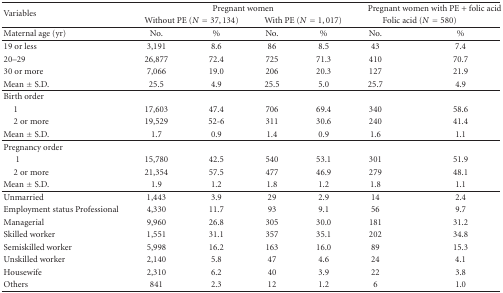
<table><thead><tr><td rowspan="2"><b>Variables</b></td><td colspan="4"><b>Pregnant women</b></td><td colspan="2"><b>Pregnant women with PE + folic acid</b></td></tr><tr><td colspan="2"><b>without PE (<i>N</i> = 37,134)</b></td><td colspan="2"><b>with PE (<i>N</i> = 1,017)</b></td><td colspan="2"><b>folic acid (<i>N</i> = 580)</b></td></tr></thead><tbody><tr><td>Maternal age (yr)</td><td>No.</td><td>%</td><td>No.</td><td>%</td><td>No.</td><td>%</td></tr><tr><td> 19 or less</td><td> 3,191</td><td> 8.6</td><td> 86</td><td> 8.5</td><td>43</td><td>7.4</td></tr><tr><td> 20–29</td><td>26,877</td><td>72.4</td><td>725</td><td>71.3</td><td>410</td><td>70.7</td></tr><tr><td> 30 or more</td><td> 7,066</td><td>19.0</td><td>206</td><td>20.3</td><td>127</td><td>21.9</td></tr><tr><td>Mean ± S.D.</td><td>25.5</td><td>4.9</td><td>25.5</td><td>5.0</td><td>25.7</td><td>4.9</td></tr><tr><td>Birth order</td><td></td><td></td><td></td><td></td><td></td><td></td></tr><tr><td> 1</td><td>17,603</td><td>47.4</td><td>706</td><td>69.4</td><td>340</td><td>58.6</td></tr><tr><td> 2 or more</td><td>19,529</td><td>52-6</td><td>311</td><td>30.6</td><td>240</td><td>41.4</td></tr><tr><td>Mean ± S.D.</td><td>1.7</td><td>0.9</td><td>1.4</td><td>0.9</td><td>1.6</td><td>1.1</td></tr><tr><td>Pregnancy order</td><td></td><td></td><td></td><td></td><td></td><td></td></tr><tr><td>1</td><td>15,780</td><td>42.5</td><td>540</td><td>53.1</td><td>301</td><td>51.9</td></tr><tr><td> 2 or more</td><td>21,354</td><td>57.5</td><td>477</td><td>46.9</td><td>279</td><td>48.1</td></tr><tr><td>Mean ± S.D.</td><td>1.9</td><td>1.2</td><td>1.8</td><td>1.2</td><td>1.8</td><td>1.1</td></tr><tr><td>Unmarried</td><td>1,443</td><td>3.9</td><td>29</td><td>2.9</td><td>14</td><td>2.4</td></tr><tr><td>Employment status Professional</td><td>4,330</td><td>11.7</td><td>93</td><td>9.1</td><td> 56</td><td> 9.7</td></tr><tr><td> Managerial</td><td>9,960</td><td>26.8</td><td>305</td><td>30.0</td><td>181</td><td>31.2</td></tr><tr><td> Skilled worker</td><td>1,551</td><td>31.1</td><td>357</td><td>35.1</td><td>202</td><td>34.8</td></tr><tr><td> Semiskilled worker</td><td>5,998</td><td>16.2</td><td>163</td><td>16.0</td><td> 89</td><td>15.3</td></tr><tr><td> Unskilled worker</td><td>2,140</td><td> 5.8</td><td> 47</td><td> 4.6</td><td> 24</td><td> 4.1</td></tr><tr><td> Housewife</td><td>2,310</td><td> 6.2</td><td> 40</td><td> 3.9</td><td> 22</td><td> 3.8</td></tr><tr><td> Others</td><td> 841</td><td> 2.3</td><td> 12</td><td> 1.2</td><td> 6</td><td> 1.0</td></tr></tbody></table>